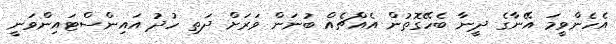
އެހެންވީމަ އޭނާގެ ދީނާ ބެހޭގޮތުން އެއްޗެއް ބުނަން ވަރަށް ދަތި ހުދު އައިންސްޓައިންވަނީ